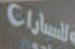
للمسارات